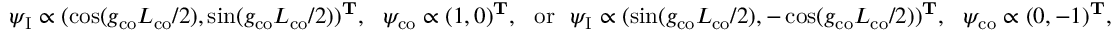
\psi _ { \mathrm { I } } \propto ( \cos ( g _ { \mathrm { c o } } L _ { \mathrm { c o } } / 2 ) , \sin ( g _ { \mathrm { c o } } L _ { \mathrm { c o } } / 2 ) ) ^ { \mathbf { T } } , \ \ \psi _ { \mathrm { c o } } \propto ( 1 , 0 ) ^ { \mathbf { T } } , \ \ \mathrm { o r } \ \ \psi _ { \mathrm { I } } \propto ( \sin ( g _ { \mathrm { c o } } L _ { \mathrm { c o } } / 2 ) , - \cos ( g _ { \mathrm { c o } } L _ { \mathrm { c o } } / 2 ) ) ^ { \mathbf { T } } , \ \ \psi _ { \mathrm { c o } } \propto ( 0 , - 1 ) ^ { \mathbf { T } } , \